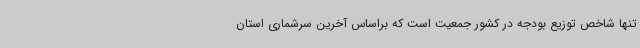
تنها شاخص توزیع بودجه در کشور جمعیت است که براساس آخرین سرشماری استان